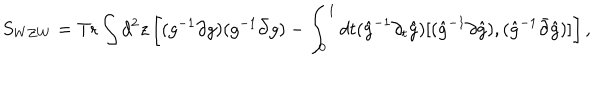
S _ { W Z W } = \mathrm { T r } \int d ^ { 2 } z \left[ ( g ^ { - 1 } \partial g ) ( g ^ { - 1 } \bar { \partial } g ) - \int _ { 0 } ^ { 1 } d t ( \hat { g } ^ { - 1 } \partial _ { t } \hat { g } ) [ ( \hat { g } ^ { - 1 } \partial \hat { g } ) , ( \hat { g } ^ { - 1 } \bar { \partial } \hat { g } ) ] \right] ,